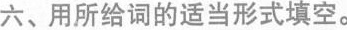
六、用所给词的适当形式填空。